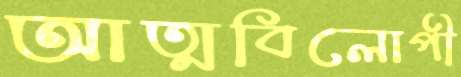
আত্মবিলোপী